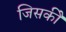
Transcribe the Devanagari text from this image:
जिसकीे